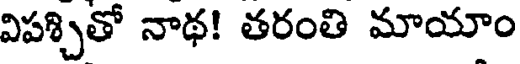
విపశ్చితో నాథ! తరంతి మాయాం